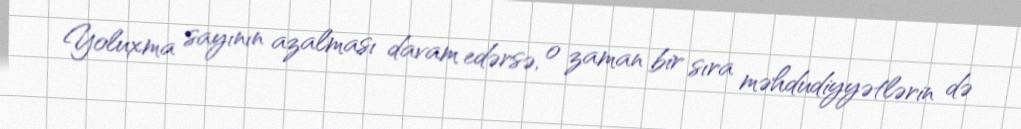
Yoluxma sayının azalması davam edərsə, o zaman bir sıra məhdudiyyətlərin də